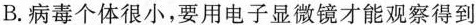
B.病毒个体很小，要用电子显微镜才能观察得到